画像に写った文字を読んでください
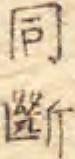
「同斷」と書いてあります